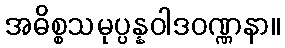
အဓိစ္စသမုပ္ပန္နဝါဒဝဏ္ဏနာ။